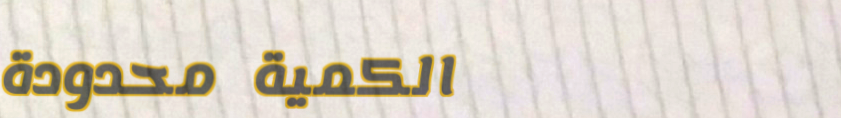
الكمية محدودة